Calcutta medical institutions reports 1871-78
Year: 1871
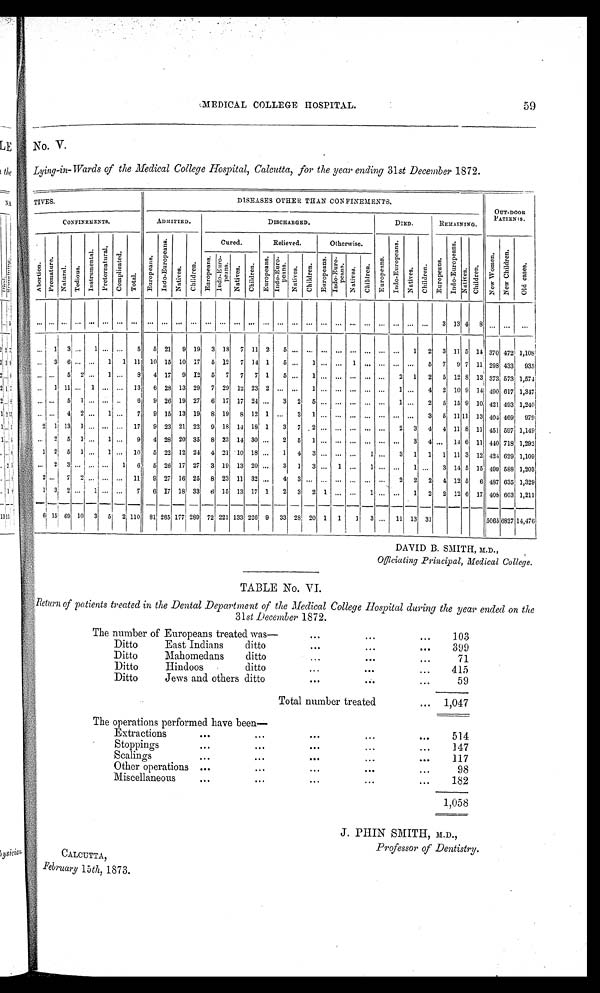
MEDICAL COLLEGE HOSPITAL.
59
No. v.
Lying-in-Wards of the Medical College Hospital, Calcutta, for the year ending 31st December 1872.
TIVES.
DISEASES OTHER THAN CONFINEMETS.
OUT-DOOR
PATIENTS.
CONFINEMENTS.
ADMITTED.
DISCHARGED.
DIED.
REMAINING.
Ab o r t i o n . P r e ma t u r e .
Natural.
Te d i o u s .
I ns t r ument al .
P r e t e r n a t u r a l . C o m p l i c a t e d .
T o t a l .
E u r o p e a n s .
I n d o - E u r o p e a n s .
Na t i ve s .
C h i l d r e n .
Cured.
Relieved.
Otherwise.
E u r o p e a n s .
I n d o - E u r o p e a n s .
N a t i v e s .
Chi l dren.
E u r o p e a n s .
I n d o - E u r o p e a n s .
Nat i ves .
Ch i l d r e n .
N e w W o m e n . N e w C h i l d r e n .
O l d c a s e s .
Europeans.
I n d o - E u r o p e a n s . Na t i v e s .
Chi l dren.
E u r o p e a n s . I n d o - E u r o p e a n s .
Na t i ve s .
Children.
Europeans.
I n d o - E u r o p e a n s .
Na t i v e s .
Children.
...
. . . . . . . . .
... ... ...
. . .
. . . . . . . . . . . . . . . . . .
. . .
...
. . . . . .
. . . . . .
...
. . .
... ... ...
. . .
. . . . . . 3
1 3 4
8 ... ...
. . .
...
1 3
...
1 ... ...
5 5 21 9 19 3 18 7 11 2
5 ... ... ... ... ... ... ... ... 1 2 3 11 5 14 370 472 1,108
. . . 3 6 ... ...
1 1 11 10 15 10 17 5 12 7 14 1
5 . . . 1 ... ... 1 ... ...
. . .
. . . 5 7 9 7 11 298 433 935
. . . ... 5 2 ...
1 ...
8 4 17 9 12 5 7 7 7 1
5 ...
1 ... ... ... ... ...
2 1 2 5 12 8 13 373 573 1,574
... 1 11 ... 1 ... ... 13 6 28 13 29 7 29 12 23 2 ...
. . . 1 ... ... ... ... ...
1 ...
4 2 10 9 14 490 617 1,347
. . . ... 5 1 ... ... ...
6 9 26 19 27 6 17 17 24 ...
3 2 5 ... ... ... ... ...
1 ...
2 5 15 9 10 421 493 1,240
. . . ... 4 2 ...
1 ...
7 9 15 13 19 8 19 8 12 1 ...
3 1 ... ... ... ... ...
. . .
. . . 3 5
1 1 1 1 13 404 469, 979
2 1 13 1 ... ... ... 17 9 23 21 22 9 18 14 18 1
3 7 2 ... ... ... ... ...
2 3 4 4 11 8 11 451 597 1,149
. . . 2 5 1 ... 1 ...
9 4 28 20 35 8 23 14 30 ...
2 5 1 ... ... ... ... ... ...
3 4 ... 14 6 11 440 718 1,292
1
5 1 ...
1 ... 10 5 22 12 24 4 21 10 18 ...
1 4 3 ... ... ...
1 ...
3 1 1 1 11 3 12 424 629 1,109
. . .
2
2 . . . 3
7
...
2
...
...
...
...
1
...
6
11
5
9
26
27
17
16
27
25
3
8
19
23
13
11
20
32
...
...
3
4
1
3
3
...
...
...
1
...
...
...
1
..
...
...
...
2
1
2
...
2
3
4
14
12
5
5
15
6
499
487
588
635
1,203
1,329
1 3 2 ...
1 ... ...
7 6 17 18 33 6 15 13 17 1
2 3 2 1 ... ...
1 ... ...
1 2 2 12 6 17 408 603 1,211
6
15 6 9 10 3 5
2
1 1 0
81 265 177 289 72 221 133 226 9 33 28 20 1 1
1 3
...
11 13 31
5065 6827 14,476
DAVID B. SMITH, M.D.,
Officiating Principal, Medical College.
TABLE No. VI.
Return of patients treated in the Dental Department of the Medical College Hospital during the year ended on the
31st December 1872.
The number of Europeans treated was—
103
Ditto
East Indians
ditto
399
Ditto
Mahomedans
ditto
71
Ditto
Hindoos
ditto
415
Ditto
Jews and others ditto
Total number treated
59
1,047
The operations performed have been—
Extractions
514
Stoppings
147
Scalings
117
Other operations
Miscellaneous
98
182
1,058
J. PHIN SMITH, M.D.,
Professor of Dentistry.
CALCUTTA,
February 15th, 1873.